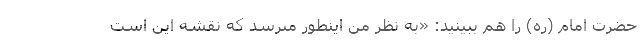
حضرت امام (ره) را هم ببینید: «به نظر من اينطور مىرسد كه نقشه اين است